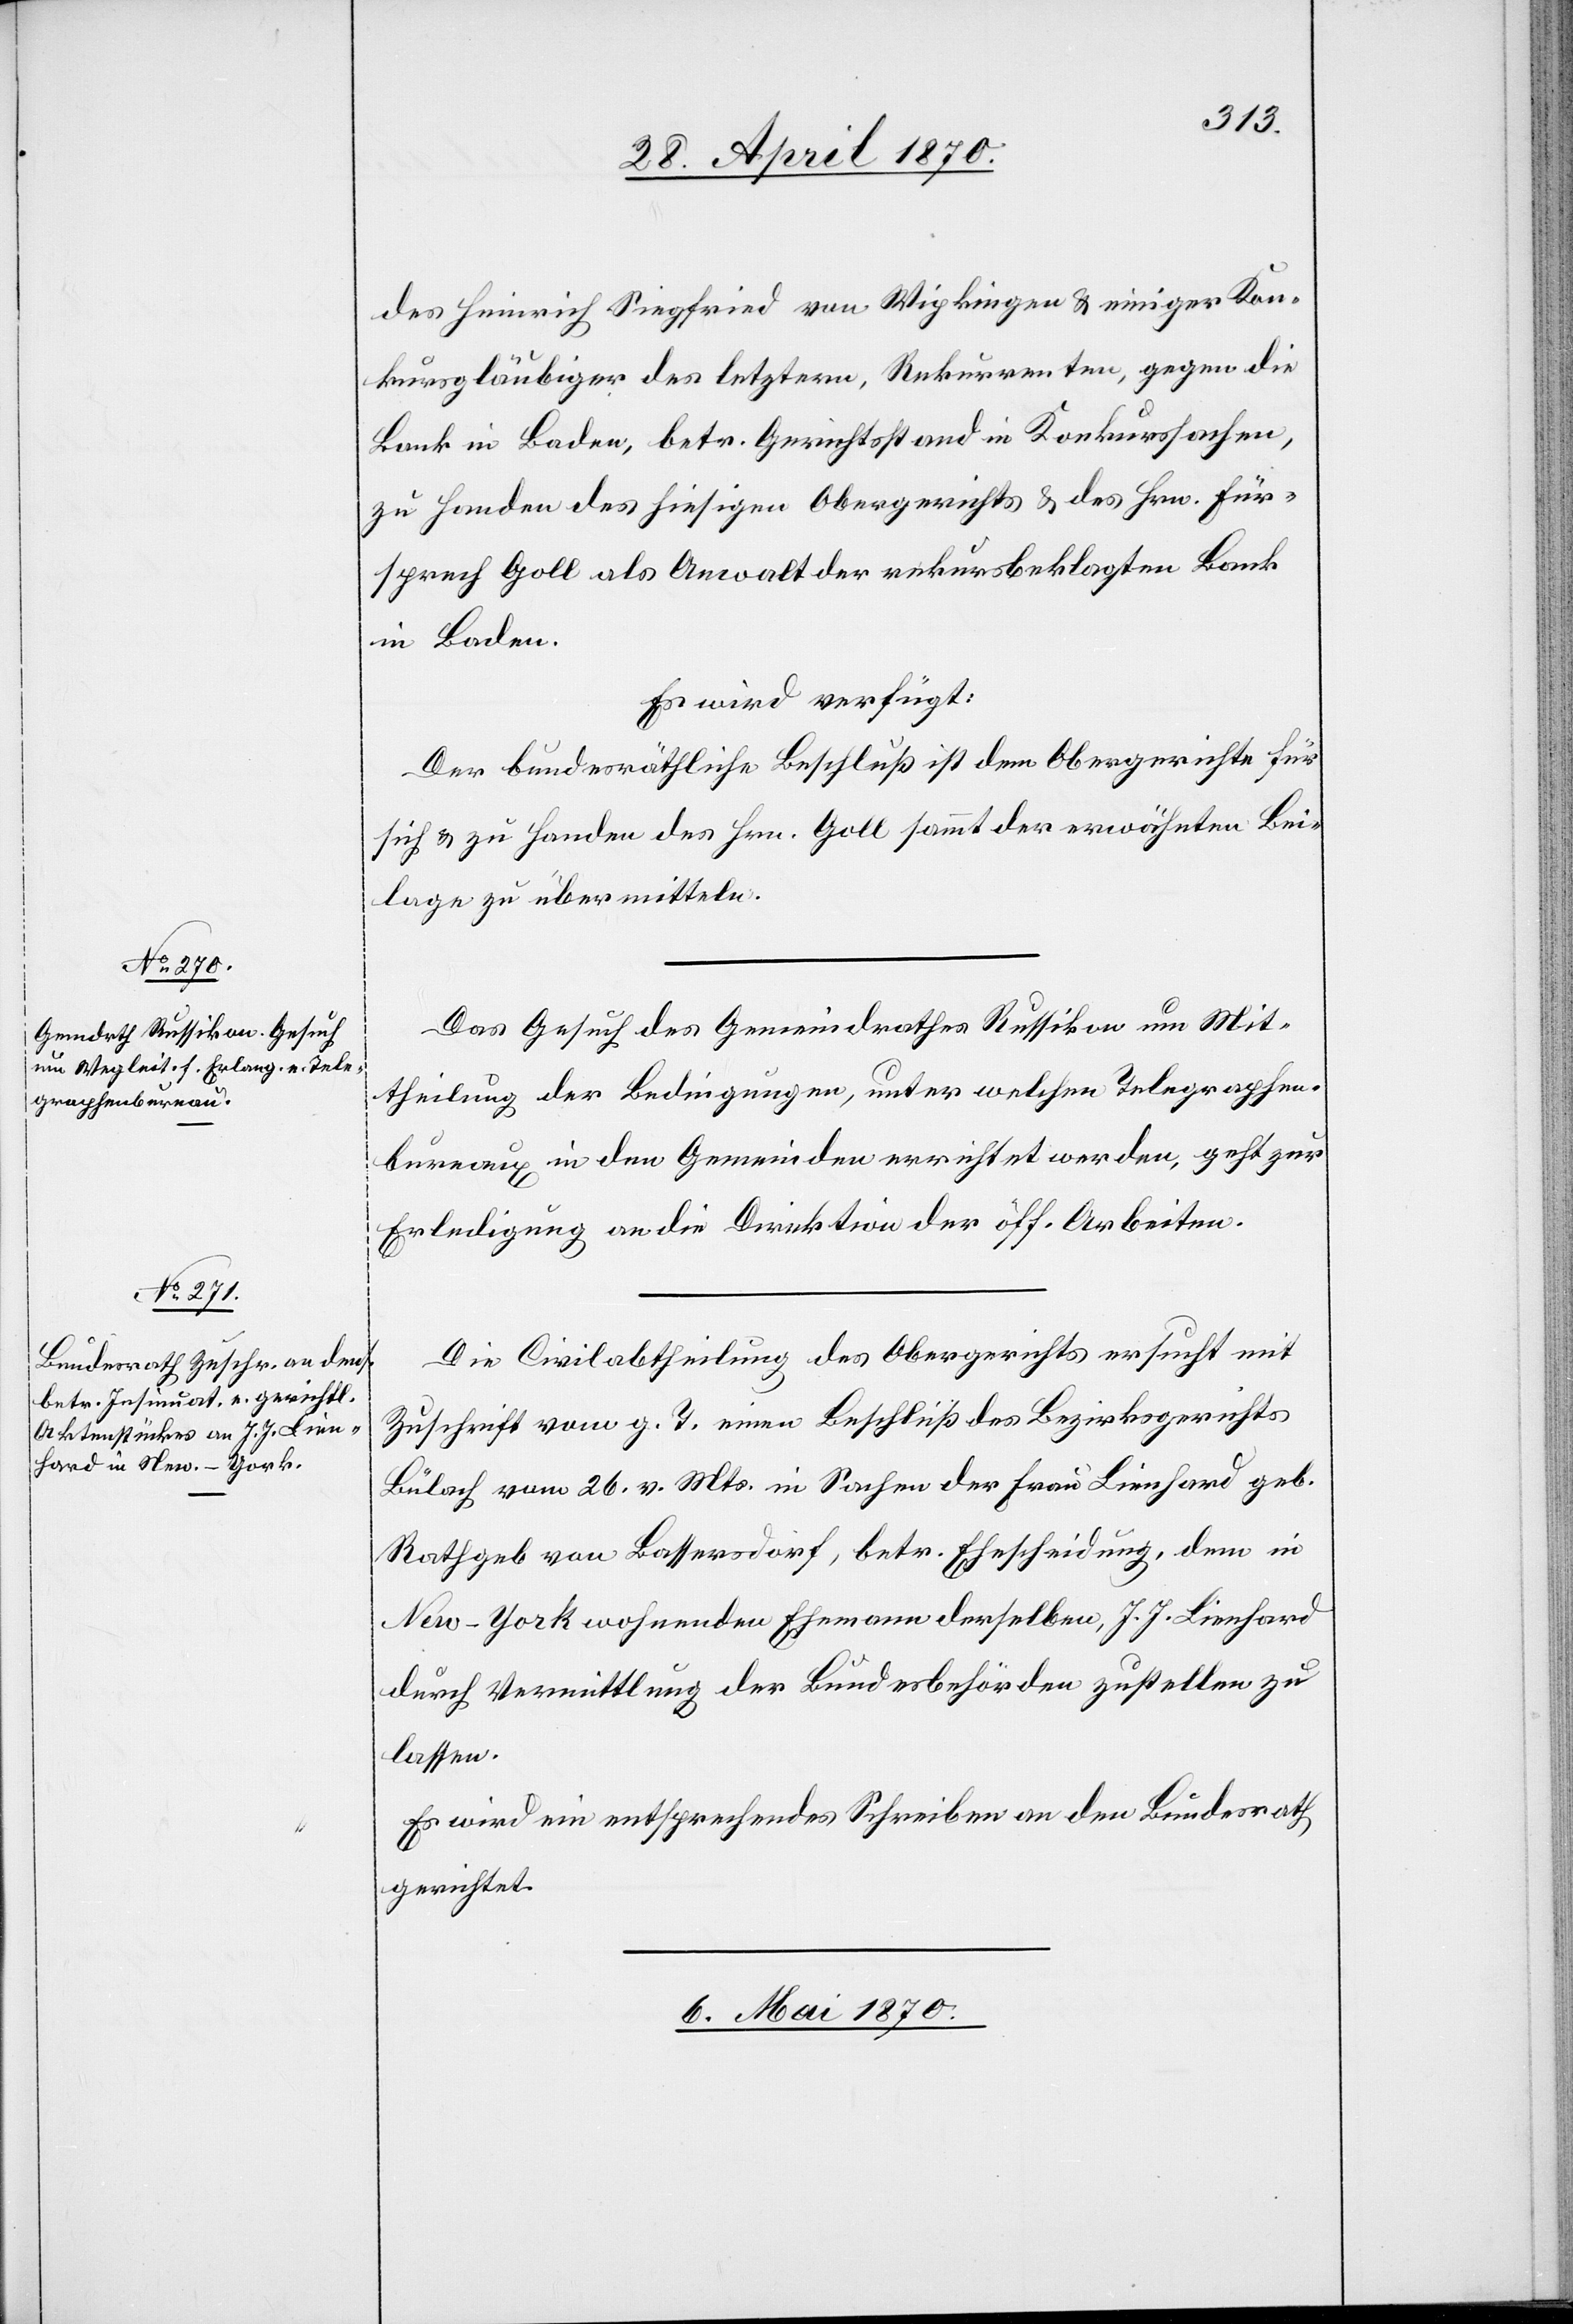
des Heinrich Siegfried von Wipkingen & einiger Kon¬
kursgläubiger des letztern, Rekurrenten, gegen die
Bank in Baden, betr. Gerichtstand in Konkurssachen,
zu Handen des hiesigen Obergerichts & des Hrn. Für¬
sprech Goll als Anwalt der rekursbeklagten Bank
in Baden.
Es wird verfügt:
Der bundesräthliche Beschluß ist dem Obergerichte für
sich & zu Handen des Hrn. Goll sammt der erwähnten Bei¬
lage zu übermitteln.
Das Gesuch des Gemeindrathes Russikon um Mit¬
theilung der Bedingungen, unter welchen Telegraphen¬
bureaux in den Gemeinden errichtet werden, geht zur
Erledigung an die Direktion der öff. Arbeiten.
Die Civilabtheilung des Obergerichts ersucht mit
Zuschrift vom g. T. einen Beschluß des Bezirksgerichts
Bülach vom 26. v. Mts. in Sachen der Frau Lienhard geb.
Rathgeb von Bassersdorf, betr. Ehescheidung, dem in
New-York wohnenden Ehemann derselben, J. J. Lienhard
durch Vermittlung der Bundesbehörden zustellen zu
lassen.
Es wird ein entsprechendes Schreiben an den Bundesrath
gerichtet.
6. Mai 1870.